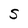
Character: S